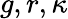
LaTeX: g,r,\kappa